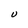
Character: U